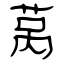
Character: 莴